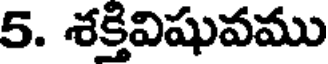
5. శక్తివిషువము